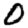
Digit: 0